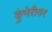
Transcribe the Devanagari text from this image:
कुंभेरीवर